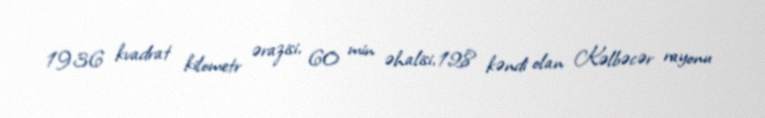
1936 kvadrat kilometr ərazisi, 60 min əhalisi, 128 kəndi olan Kəlbəcər rayonu